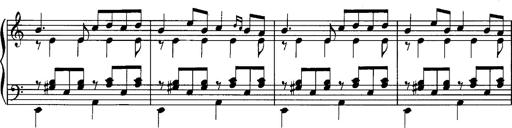
Title: La romanesca
Composer: Franz Liszt